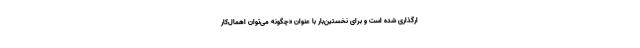
ارگذاری شده است و برای نخستین‌بار با عنوان «چگونه می‌توان اهمال‌کار